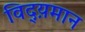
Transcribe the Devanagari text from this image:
विद्य़मान